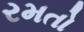
રમતો